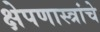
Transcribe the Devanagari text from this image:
क्षेपणास्त्रांचे